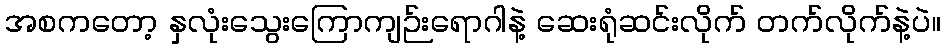
အစကတော့ နှလုံးသွေးကြောကျဉ်းရောဂါနဲ့ ဆေးရုံဆင်းလိုက် တက်လိုက်နဲ့ပဲ။